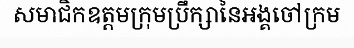
សមាជិកឧត្តមក្រុមប្រឹក្សានៃអង្គចៅក្រម